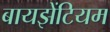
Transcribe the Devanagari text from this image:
बायझेंटियम